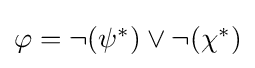
{\textstyle \varphi =\neg (\psi ^{*})\vee \neg (\chi ^{*})}